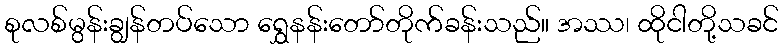
စုလစ်မွန်းချွန်တပ်သော ရွှေနန်းတော်တိုက်ခန်းသည်။ အဿ၊ ထိုငါတို့သခင်